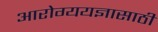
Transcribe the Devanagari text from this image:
आरोग्ययज्ञासाठी